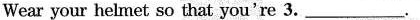
Wear your helmet so that you're 3. ___